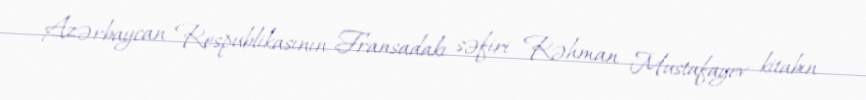
Azərbaycan Respublikasının Fransadakı səfiri Rəhman Mustafayev kitabın